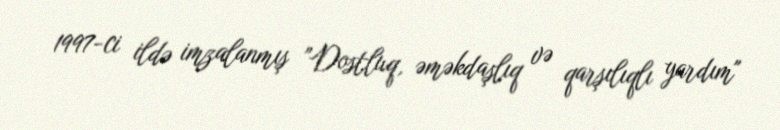
1997-ci ildə imzalanmış ”Dostluq, əməkdaşlıq və qarşılıqlı yardım"